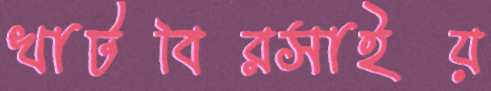
খাটবিরসাইয়